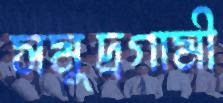
সমুদ্রগামী